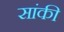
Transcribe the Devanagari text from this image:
सांकी